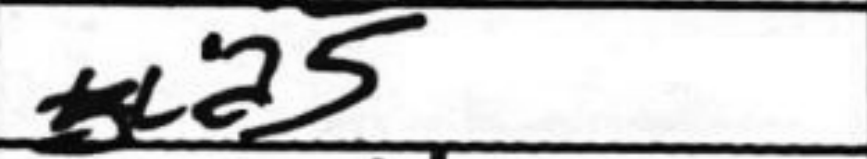
Transcription: a5